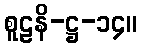
စူဠနိ-ဋ္ဌ-၁၄။